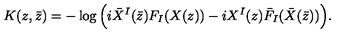
K ( z , \bar { z } ) = - \log \Big ( i \bar { X } ^ { I } ( \bar { z } ) F _ { I } ( X ( z ) ) - i X ^ { I } ( z ) \bar { F } _ { I } ( \bar { X } ( \bar { z } ) ) \Big ) .